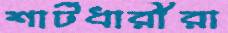
শার্টধারীরা